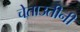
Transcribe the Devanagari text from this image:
चेताउतीनी